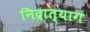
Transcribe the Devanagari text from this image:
निद्रात्याग